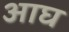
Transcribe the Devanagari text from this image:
आघ